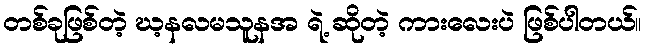
တစ်ခုဖြစ်တဲ့ ဃ့နလမသူနအ ရဲ့ ဆိုတဲ့ ကားလေးပဲ ဖြစ်ပါတယ်။